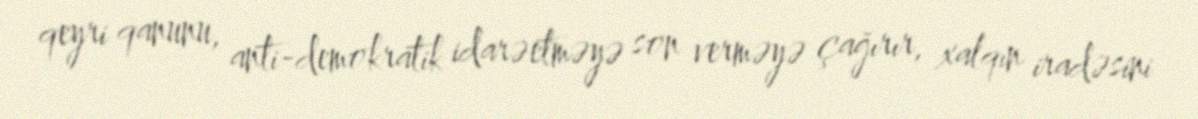
qeyri qanunu, anti-demokratik idarəetməyə son verməyə çağırır, xalqın iradəsini